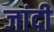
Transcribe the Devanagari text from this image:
जांदी